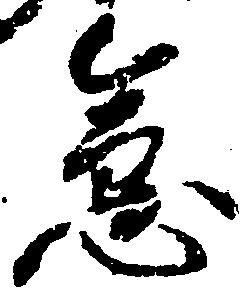
急